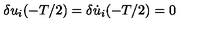
\delta u _ { i } ( - T / 2 ) = \delta \dot { u } _ { i } ( - T / 2 ) = 0